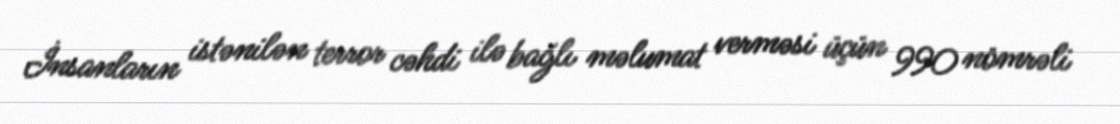
İnsanların istənilən terror cəhdi ilə bağlı məlumat verməsi üçün 990 nömrəli